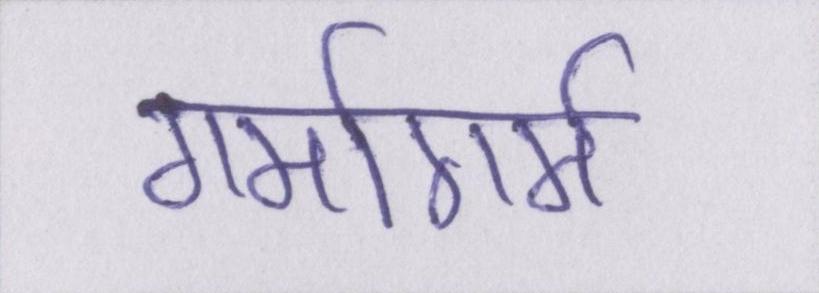
गर्मागर्म